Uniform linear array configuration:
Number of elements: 8
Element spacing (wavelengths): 0.5
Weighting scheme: exponential
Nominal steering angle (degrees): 0
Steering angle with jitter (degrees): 1.553
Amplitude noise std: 0.05
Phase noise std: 0.05

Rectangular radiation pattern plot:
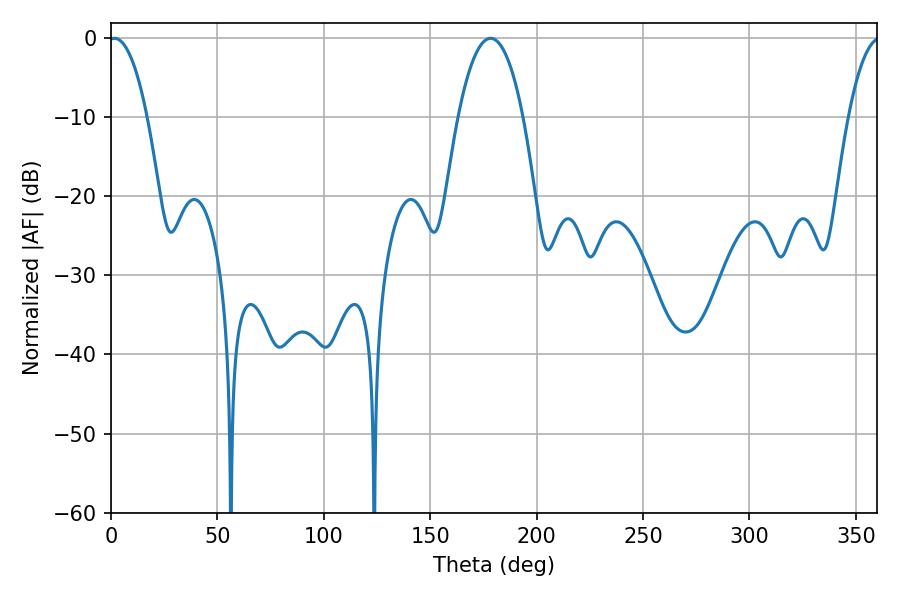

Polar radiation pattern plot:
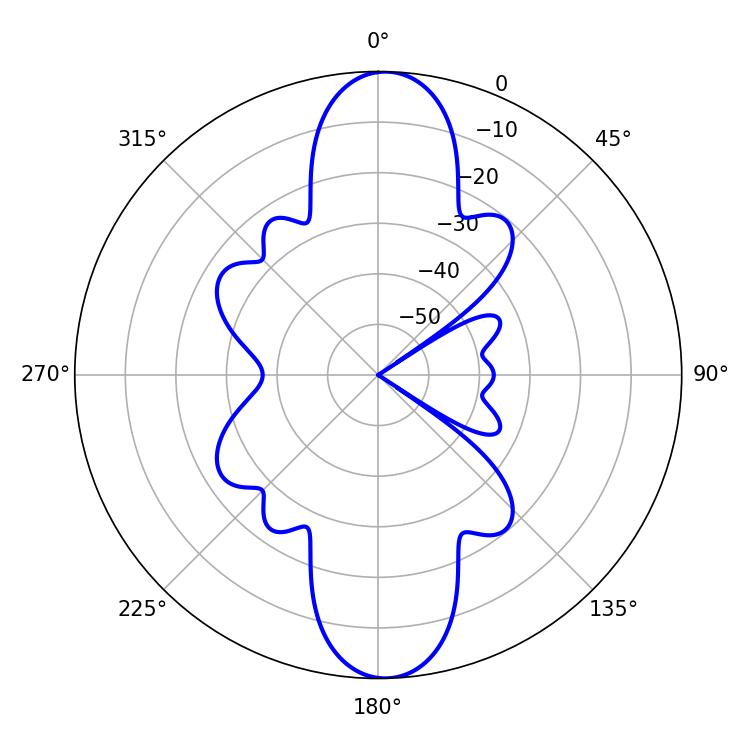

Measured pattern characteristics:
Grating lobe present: FALSE
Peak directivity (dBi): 20.622
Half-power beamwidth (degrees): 10.08
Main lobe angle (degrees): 1.62